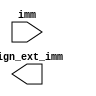
module sign_extend(
output reg [31:0] sign_ext_imm,
input [15:0] imm);







endmodule